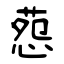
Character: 葾